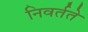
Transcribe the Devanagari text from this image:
निवर्तते